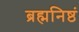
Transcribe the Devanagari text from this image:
ब्रह्मनिष्ठं